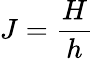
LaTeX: J=\frac{H}{h}